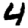
Digit: 4